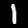
Digit: 1